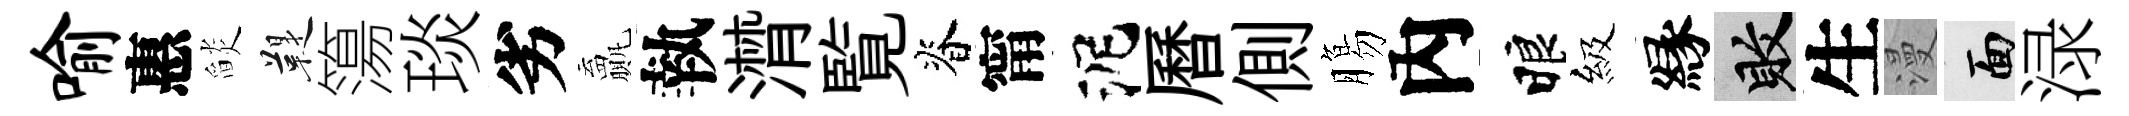
喻惠𦦨鞮簜琰劣贏執潸覧脊甯泥曆側膓內睱級縁敗生漫面渌